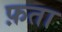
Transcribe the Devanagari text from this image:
फ़ता